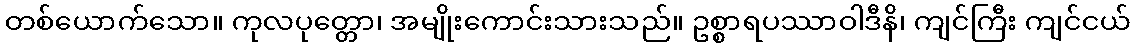
တစ်ယောက်သော။ ကုလပုတ္တော၊ အမျိုးကောင်းသားသည်။ ဥစ္စာရပဿာဝါဒီနိ၊ ကျင်ကြီး ကျင်ငယ်